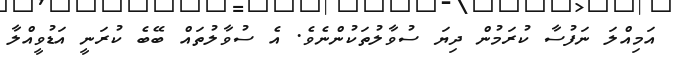
އަމިއްލަ ނަފުސާ ކުރަމުން ދިޔަ ސުވާލުތަކުންނެވެ. އެ ސުވާލުތައް ބޭބެ ކުރަނީ އަޑުވީއްލާ